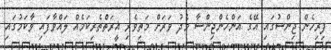
ފިރިހެން ޖިންސުގައި އޭގެ އަންހެންޖިންސާ މެދު ވަރަށް މަތިވެރި ޣީރަތްތެރިކަމެއް ލައްވާފައި ވާކަމުގައި